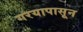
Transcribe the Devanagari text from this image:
गरयापासून